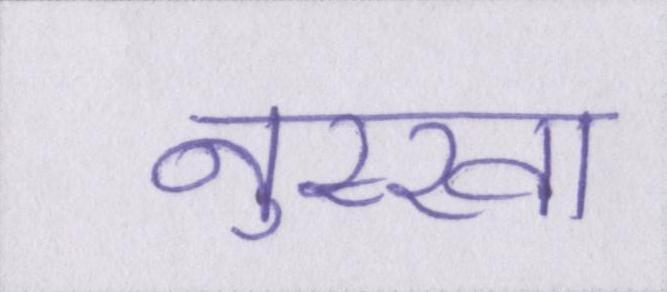
नुस्खा